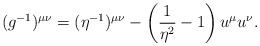
\begin{align*} (g^{-1})^{\mu\nu}=(\eta^{-1})^{\mu\nu}-\left(\frac{1}{\eta^2}-1\right)u^\mu u^\nu.\end{align*}